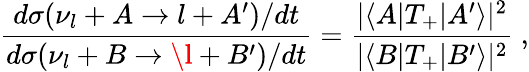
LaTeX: \frac{d\sigma(\nu_{l}+A\to l+A^{\prime})/dt}{d\sigma(\nu_{l}+B\to{\l}+B^{\prime})/dt}=\frac{|\langle A|T_{+}|A^{\prime}\rangle|^{2}}{|\langle B|T_{+}|B^{\prime}\rangle|^{2}}\ ,